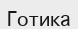
Готика